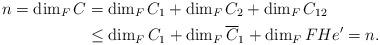
LaTeX: \begin{align*}n=\dim_F C &=\dim_F C_1+\dim_F C_2+\dim_F C_{12}\\ & \le \dim_F C_1 + \dim_F \overline C_1 +\dim_F FH e' =n.\end{align*}